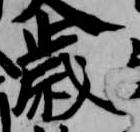
歳